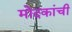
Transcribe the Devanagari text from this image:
मोदकांची